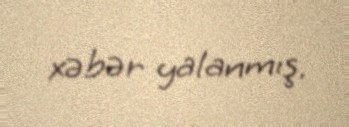
xəbər yalanmış.